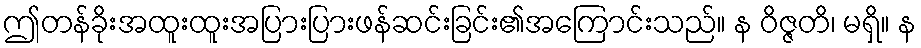
ဤတန်ခိုးအထူးထူးအပြားပြားဖန်ဆင်းခြင်း၏အကြောင်းသည်။ န ဝိဇ္ဇတိ၊ မရှိ။ န